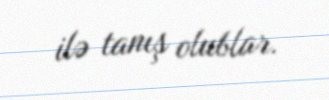
ilə tanış olublar.